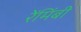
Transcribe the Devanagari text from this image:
रेंमिंबी